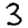
Digit: 3